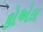
કોએલ